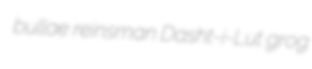
bullae reinsman Dasht-i-Lut grog